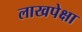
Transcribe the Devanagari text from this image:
लाखपेक्षा